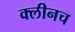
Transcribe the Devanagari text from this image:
क्लीनच